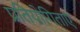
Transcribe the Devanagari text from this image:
प्रतियोगिताए